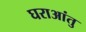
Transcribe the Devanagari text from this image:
घराआंतु